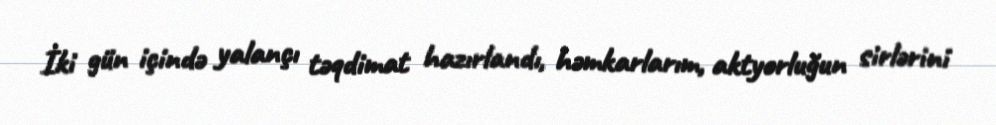
İki gün içində yalançı təqdimat hazırlandı, həmkarlarım, aktyorluğun sirlərini